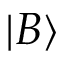
| B \rangle